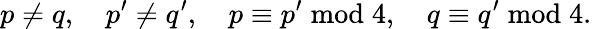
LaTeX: p\neq q,\quad p^{\prime}\neq q^{\prime},\quad p\equiv p^{\prime}{\bmod{4}},\quad q\equiv q^{\prime}{\bmod{4}}.